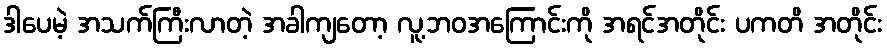
ဒါပေမဲ့ အသက်ကြီးလာတဲ့ အခါကျတော့ လူ့ဘဝအကြောင်းကို အရင်အတိုင်း ပကတိ အတိုင်း